Leaving Certificate Examination, 1902
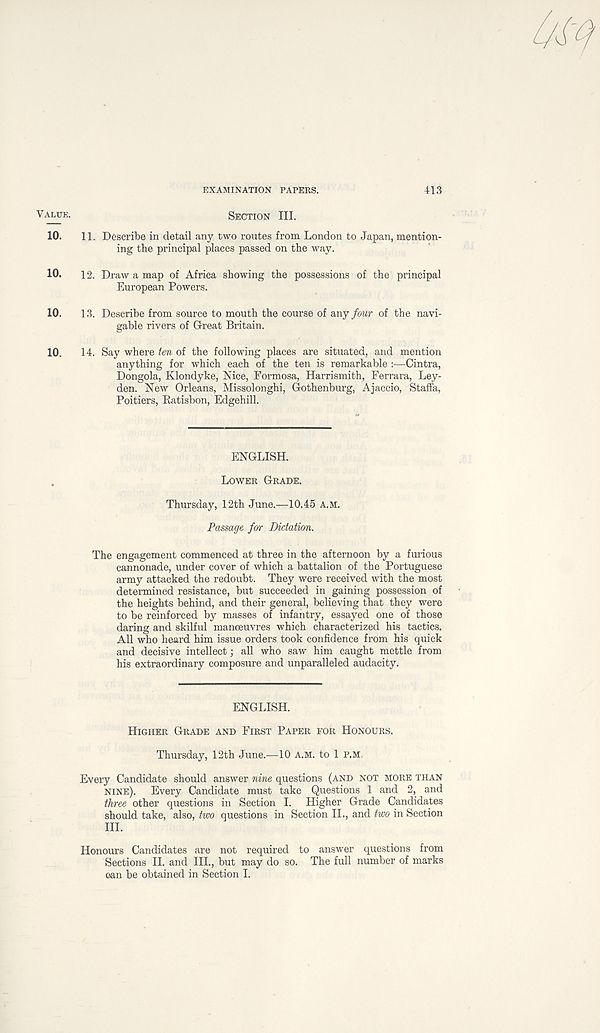
EXAMINATION PAPERS.
413
VALUE.
SECTION III.
10.
11. Describe in detail any two routes from London to Japan, mention-
ing the principal places passed on the way.
10.
12. Draw a map of Africa showing the possessions of the principal
European Powers.
10.
13. Describe from source to mouth the course of any four of the navi-
gable rivers of Great Britain.
10.
14. Say where ten of the following places are situated, and mention
anything for which each of the ten is remarkable :—Cintra,
Dongola, Klondyke, Nice, Formosa, Harrismith, Ferrara, Ley-
den. New Orleans, Missolonghi, Gothenburg, Ajaccio, Staffa,
Poitiers, Katisbon, Edgehill.
ENGLISH.
LOWER GRADE.
Thursday, 12th June.—10.45 A.M.
Passage for Dictation.
The engagement commenced at three in the afternoon by a furious
cannonade, under cover of which a battalion of the Portuguese
army attacked the redoubt. They were received with the most
determined resistance, but succeeded in gaining possession of
the heights behind, and their general, believing that they were
to be reinforced by masses of infantry, essayed one of those
daring and skilful manoeuvres which characterized his tactics.
All who heard him issue orders took confidence from his quick
and decisive intellect; all who saw him caught mettle from
his extraordinary composure and unparalleled audacity.
ENGLISH.
HIGHER GRADE AND FIRST PAPER FOR HONOURS.
Thursday, 12th June.—10 A.M. to 1 P.M,
Every Candidate should answer nine questions (AND NOT MORE THAN
NINE).
Every Candidate must take Questions 1 and 2, and
three other questions in Section I. Higher Grade Candidates
should take, also, two questions in Section IL, and two in Section
III.
Honours Candidates are not required to answer questions from
Sections II. and III., but may do so. The full number of marks
ean be obtained in Section I.